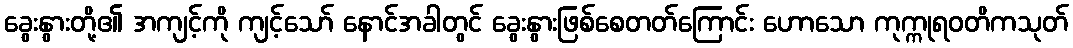
ခွေးနွားတို့၏ အကျင့်ကို ကျင့်သော် နောင်အခါတွင် ခွေးနွားဖြစ်စေတတ်ကြောင်း ဟောသော ကုက္ကုရဝတိကသုတ်